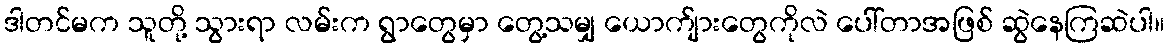
ဒါတင်မက သူတို့ သွားရာ လမ်းက ရွာတွေမှာ တွေ့သမျှ ယောက်ျားတွေကိုလဲ ပေါ်တာအဖြစ် ဆွဲနေကြဆဲပါ။